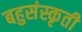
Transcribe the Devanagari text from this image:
बहुसंस्कृती